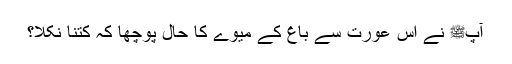
آپﷺ نے اس عورت سے باغ کے میوے کا حال پوچھا کہ کتنا نکلا؟